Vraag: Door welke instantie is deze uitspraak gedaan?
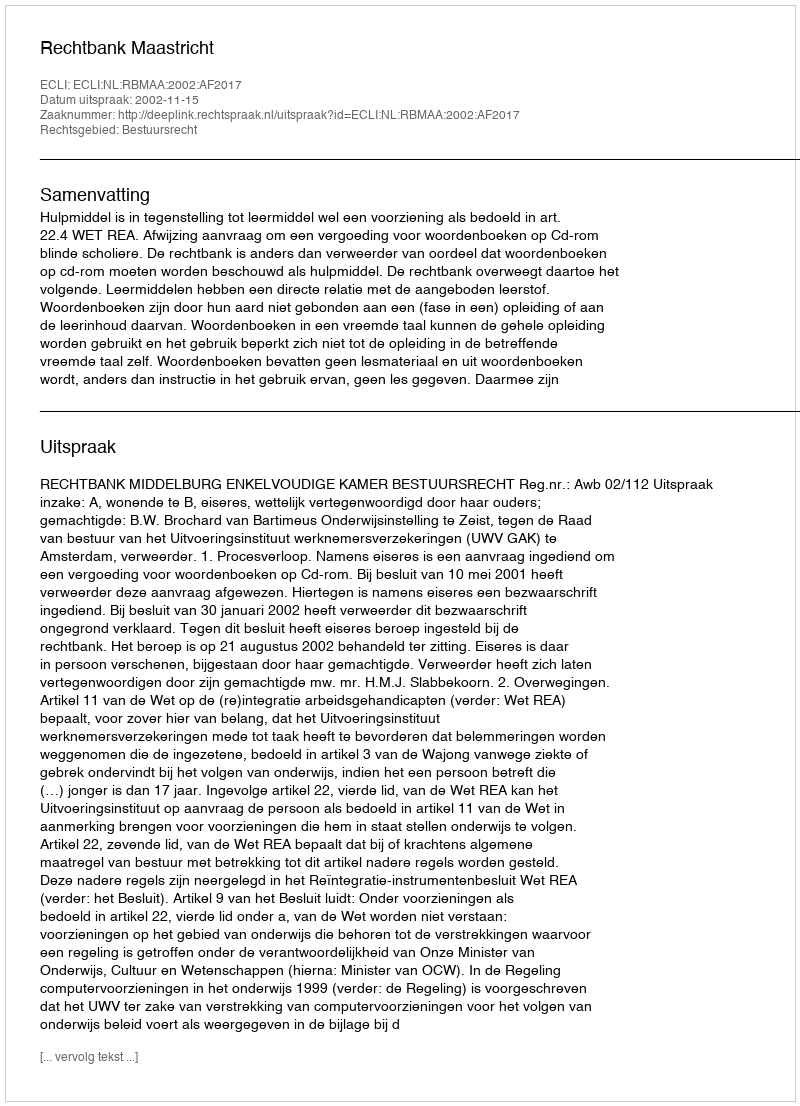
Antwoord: Rechtbank Maastricht